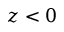
z < 0